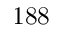
1 8 8